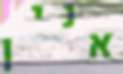
אנין